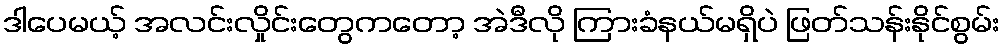
ဒါပေမယ့် အလင်းလှိုင်းတွေကတော့ အဲဒီလို ကြားခံနယ်မရှိပဲ ဖြတ်သန်းနိုင်စွမ်း